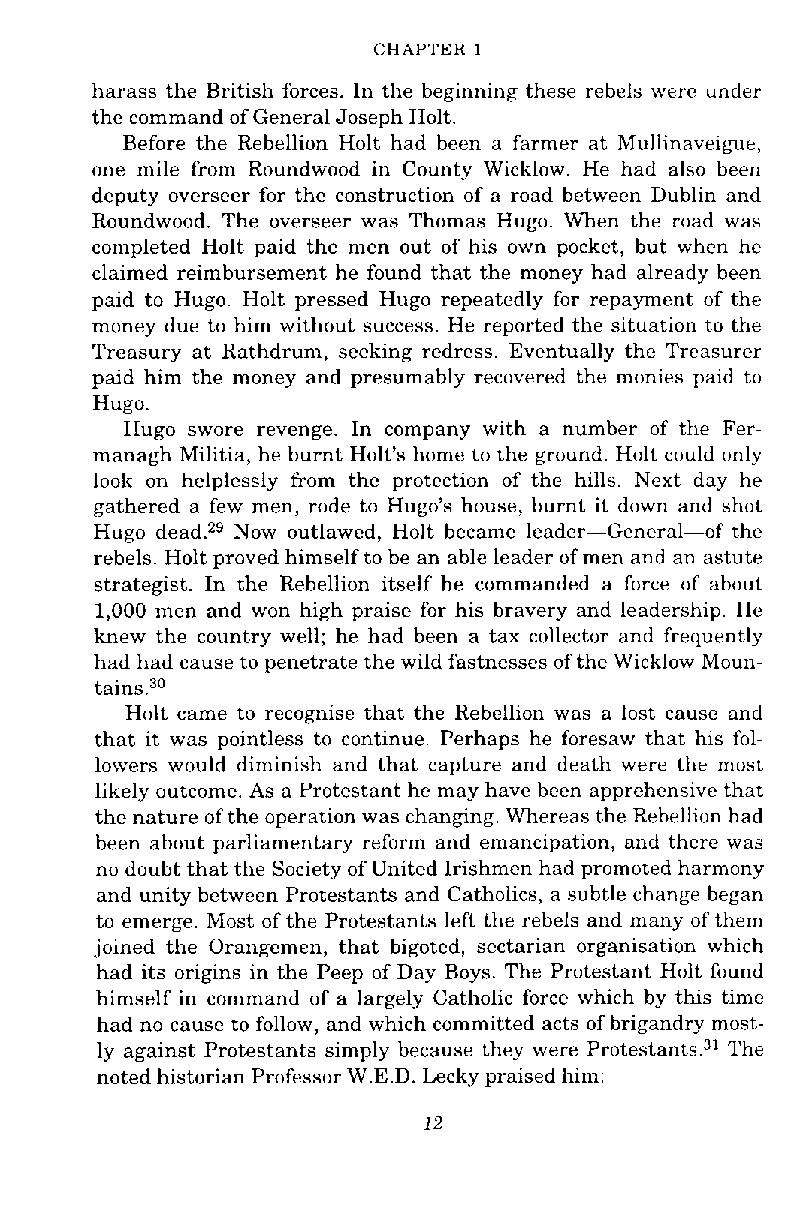
CHAPTER 1
 harass the British forces. In the beginning these rebels were under
 the command of General Joseph Holt.
 Before the Rebellion Holt had been a farmer at Mullinaveifle,
 one mile from Roundwood in County Wicklow. He had also been
 deputy overseer for the construction of a road between Dublin and
 Roundwood. The overseer was Thomas Hugo. When the road was
 completed Holt paid the men out of his own pocket, but when he
 claimed reimbursement he found that the money had already been
 paid to Hugo. Holt pressed Hugo repeatedly for repayment of the
 money due to him without success. He reported the situation to the
 Treasury at Rathdrum, seeking redress. Eventually the Treasurer
 paid him the money and presumably recovered the monies paid to
 Hugo.
 Hugo swore revenge. In company with a number of the Fer-
 managh Militia, he burnt Holt's home to the ground. Holt could only
 look on helplessly from the protection of the hills. Next day he
 gathered a few men, rode to Hugo's house, burnt it down and shot
 Hugo dead.29 Now outlawed, Holt became leader-General-of the
 rebels. Holt proved himself to be an able leader of men and an astute
 strategist. In the Rebellion itself he commanded a force of about
 1,000 men and won high praise for his bravery and leadership. He
 knew the country well; he had been a tax collector and frequently
 had had cause to penetrate the wild fastnesses of the Wicklow Moun-
 t a i n ~ . ~ ~
 Holt came to recognise that the Rebellion was a lost cause and
 that it was pointless to continue. Perhaps he foresaw that his fol-
 lowers would diminish and that capture and death were the most
 likely outcome. As a Protestant he may have been apprehensive that
 the nature of the operation was changing. Whereas the Rebellion had
 been about parliamentary reform and emancipation, and there was
 no doubt that the Society of United Irishmen had promoted harmony
 and unity between Protestants and Catholics, a subtle change began
 to emerge. Most of the Protestants left the rebels and many of them
 joined the Orangemen, that bigoted, sectarian organisation which
 had its origins in the Peep of Day Boys. The Protestant Holt found
 himself in command of a largely Catholic force which by this time
 had no cause to follow, and which committed acts of brigandry most-
 ly against Protestants simply because they were protest ant^.^' The
 noted historian Professor W.E.D. Lecky praised him: